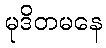
မုဒိတမနေ